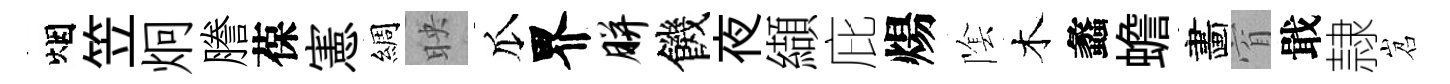
烟笠炯謄葆憲綢映瓜界胼饑夜纈庇煬隂木蠡蟾畵窅戢隷岧